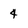
Character: 4